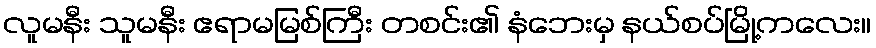
လူမနီး သူမနီး ဧရာမမြစ်ကြီး တစင်း၏ နံဘေးမှ နယ်စပ်မြို့ကလေး။